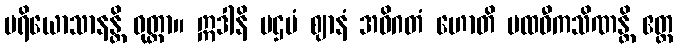
ပရိယောသာနန္တိ ဝုတ္တာ။ ဣဒါနိ ပဌမံ ဈာနံ အဓိဂတံ ဟောတိ ပထဝီကသိဏန္တိ ဧတ္ထ